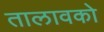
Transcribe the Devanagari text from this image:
तालावको